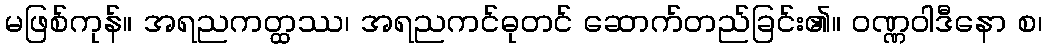
မဖြစ်ကုန်။ အရညကတ္ထဿ၊ အရညကင်ဓုတင် ဆောက်တည်ခြင်း၏။ ဝဏ္ဏဝါဒီနော စ၊